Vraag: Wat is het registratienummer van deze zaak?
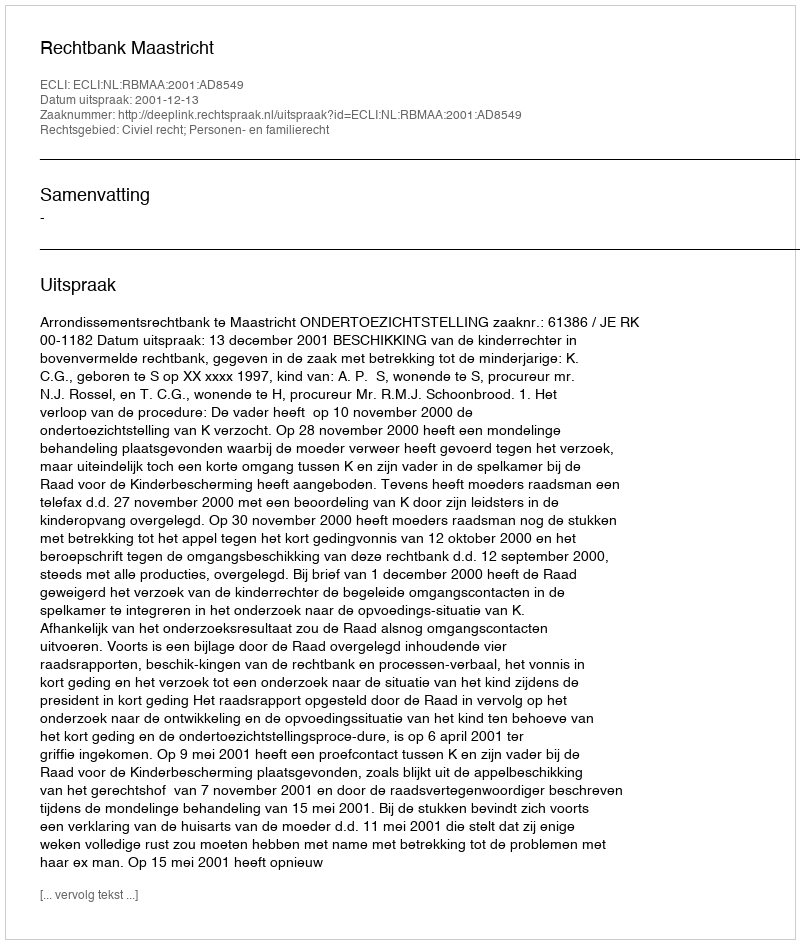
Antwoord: http://deeplink.rechtspraak.nl/uitspraak?id=ECLI:NL:RBMAA:2001:AD8549